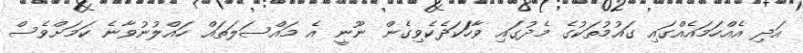
އަދި އެއްހަމައެއްގައި ގައުމުތަކުގެ މެދުގައި ވާހަަކަދެކެވިގެން ނޫނީ އެ މައްސަލަތައް ހައްލުނުވާނެ ކަމަށްވެސް